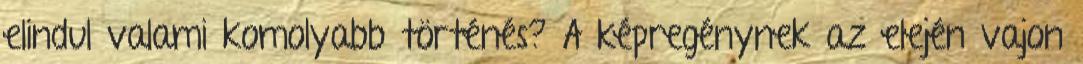
elindul valami komolyabb történés? A képregénynek az elején vajon